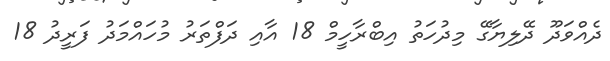
ދެއްވަދޫ ދޭލިޔާގޭ މިދުހަތު އިބްރާހީމް 18 އާއި ދަފްތަރު މުހައްމަދު ފަރީދު 18